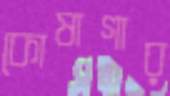
কোষাগার